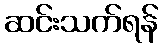
ဆင်းသက်ရန်